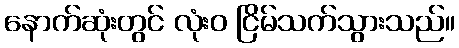
နောက်ဆုံးတွင် လုံးဝ ငြိမ်သက်သွားသည်။